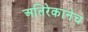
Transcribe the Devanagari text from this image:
अतिरेकानेच